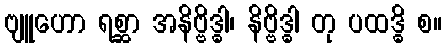
ဗျူဟော ရစ္ဆာ အနိဗ္ဗိဒ္ဓါ၊ နိဗ္ဗိဒ္ဓါ တု ပထဒ္ဓိ စ။